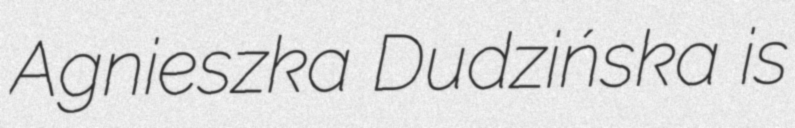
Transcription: Agnieszka Dudzińska is